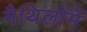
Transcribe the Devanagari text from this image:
मैथिलोंमें